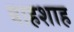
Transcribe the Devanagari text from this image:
बाहशाह